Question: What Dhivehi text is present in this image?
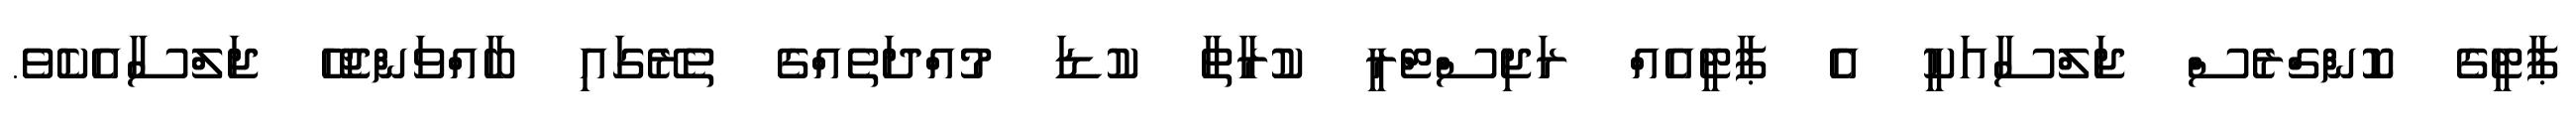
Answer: ޕާޓީގެ ކޮންގްރެސް ޖަލްސާއަކީ އެ ޕާޓީއެއް ރަޖިސްޓްރީ ކުރާތާ ކުޑަ މުއްދަތެއްގެ ތެރޭގައި ބާއްވަންޖެހޭ ޖަލްސާއެކެވެ.